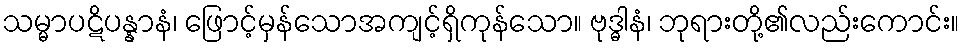
သမ္မာပဋိပန္နာနံ၊ ဖြောင့်မှန်သောအကျင့်ရှိကုန်သော။ ဗုဒ္ဓါနံ၊ ဘုရားတို့၏လည်းကောင်း။